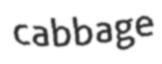
cabbage